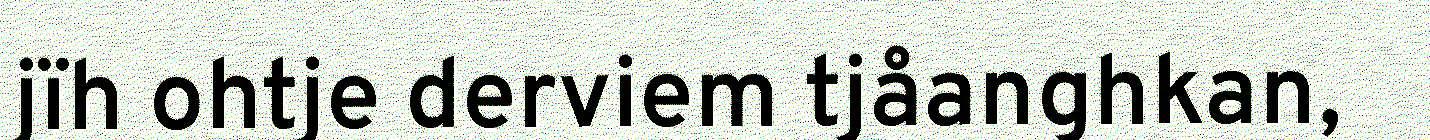
jïh ohtje derviem tjåanghkan,